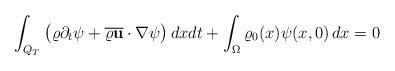
LaTeX: \begin{align*}\int_{Q_T}\big (\varrho\partial_t\psi+\overline{\varrho\mathbf{u}}\cdot\nabla\psi\big)\,dxdt+\int_{\Omega } \varrho_0(x)\psi(x,0)\, dx=0\end{align*}